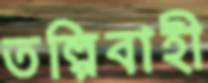
তল্পিবাহী